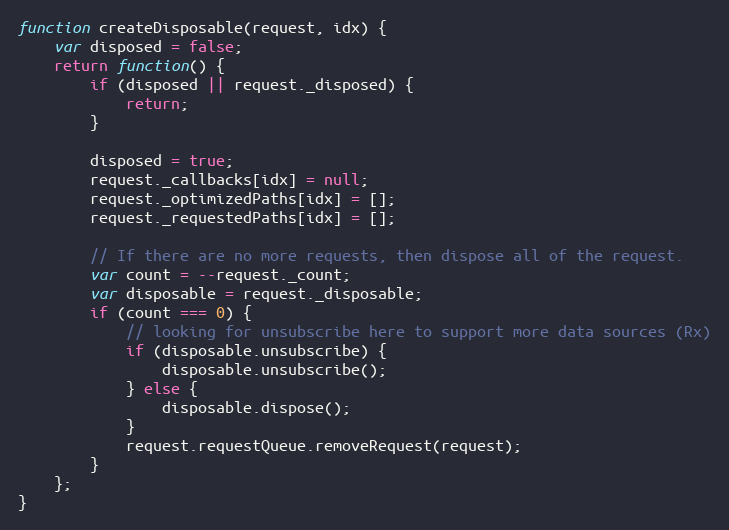
Language: JavaScript
function createDisposable(request, idx) {
    var disposed = false;
    return function() {
        if (disposed || request._disposed) {
            return;
        }

        disposed = true;
        request._callbacks[idx] = null;
        request._optimizedPaths[idx] = [];
        request._requestedPaths[idx] = [];

        // If there are no more requests, then dispose all of the request.
        var count = --request._count;
        var disposable = request._disposable;
        if (count === 0) {
            // looking for unsubscribe here to support more data sources (Rx)
            if (disposable.unsubscribe) {
                disposable.unsubscribe();
            } else {
                disposable.dispose();
            }
            request.requestQueue.removeRequest(request);
        }
    };
}